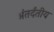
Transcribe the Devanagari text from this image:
अंतर्दंतीय